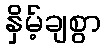
နှိမ့်ချစွာ